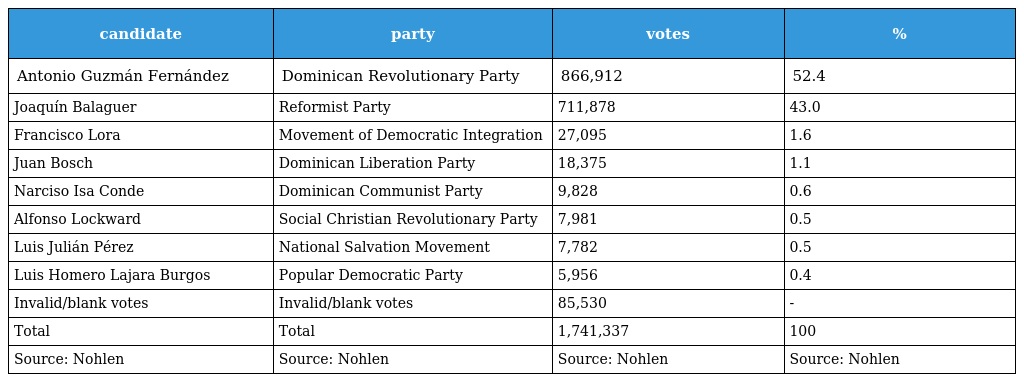
| candidate | party | votes | % |
 | --- | --- | --- | --- |
 | Antonio Guzmán Fernández | Dominican Revolutionary Party | 866,912 | 52.4 |
 | Joaquín Balaguer | Reformist Party | 711,878 | 43.0 |
 | Francisco Lora | Movement of Democratic Integration | 27,095 | 1.6 |
 | Juan Bosch | Dominican Liberation Party | 18,375 | 1.1 |
 | Narciso Isa Conde | Dominican Communist Party | 9,828 | 0.6 |
 | Alfonso Lockward | Social Christian Revolutionary Party | 7,981 | 0.5 |
 | Luis Julián Pérez | National Salvation Movement | 7,782 | 0.5 |
 | Luis Homero Lajara Burgos | Popular Democratic Party | 5,956 | 0.4 |
 | Invalid/blank votes | Invalid/blank votes | 85,530 | - |
 | Total | Total | 1,741,337 | 100 |
 | Source: Nohlen | Source: Nohlen | Source: Nohlen | Source: Nohlen |